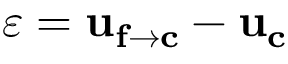
\varepsilon = \mathbf { u _ { f \rightarrow c } } - \mathbf { u _ { c } }